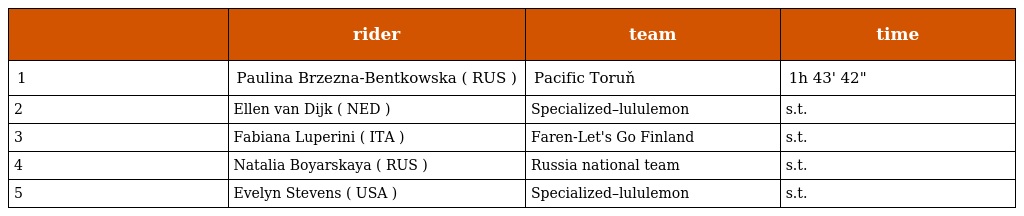
|  | rider | team | time |
 | --- | --- | --- | --- |
 | 1 | Paulina Brzezna-Bentkowska ( RUS ) | Pacific Toruň | 1h 43' 42" |
 | 2 | Ellen van Dijk ( NED ) | Specialized–lululemon | s.t. |
 | 3 | Fabiana Luperini ( ITA ) | Faren-Let's Go Finland | s.t. |
 | 4 | Natalia Boyarskaya ( RUS ) | Russia national team | s.t. |
 | 5 | Evelyn Stevens ( USA ) | Specialized–lululemon | s.t. |